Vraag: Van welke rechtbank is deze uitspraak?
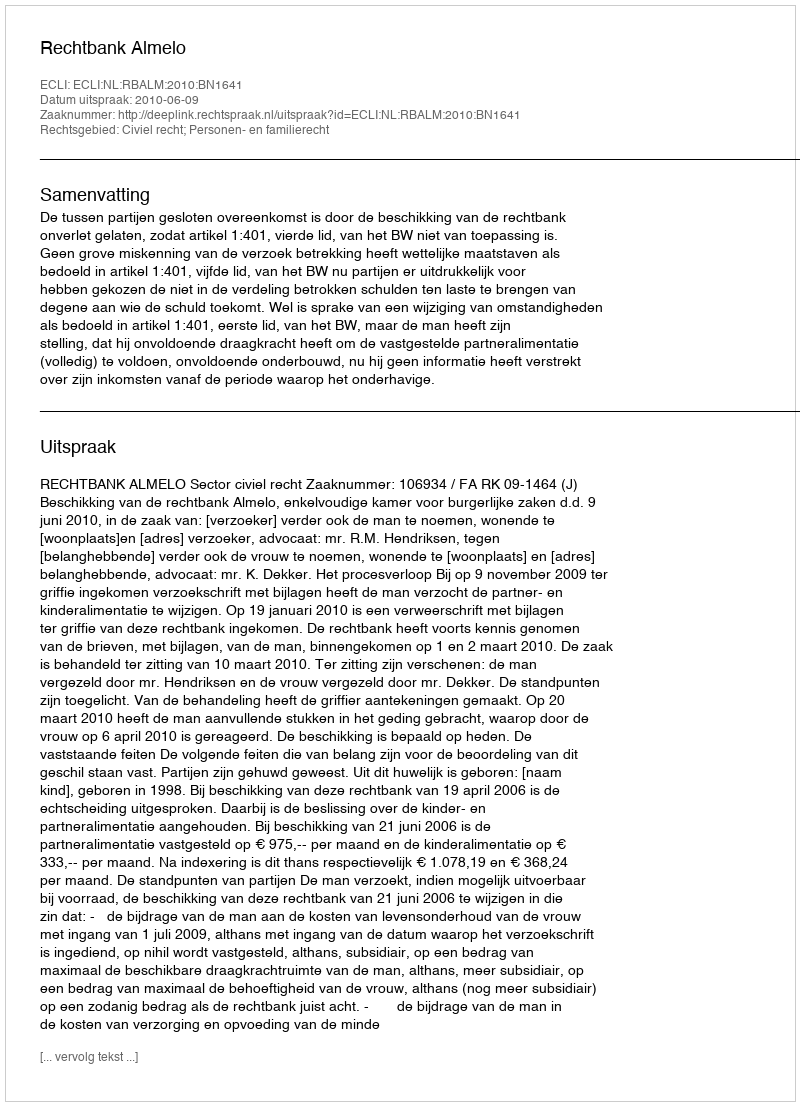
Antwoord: Rechtbank Almelo